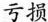
亏损